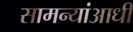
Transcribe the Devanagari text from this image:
सामन्यांआधी